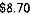
$8.70